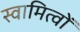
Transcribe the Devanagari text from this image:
स्वामित्वों